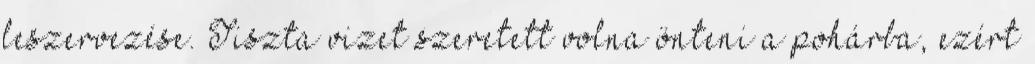
leszervezése. Tiszta vizet szeretett volna önteni a pohárba, ezért